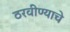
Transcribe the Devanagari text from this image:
ठरवीण्याचे